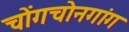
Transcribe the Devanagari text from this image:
चोंगचोनगांग